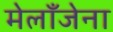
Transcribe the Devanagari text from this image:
मेलाँजेना